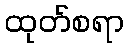
ထုတ်စရာ